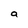
Character: a